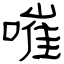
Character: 嗺